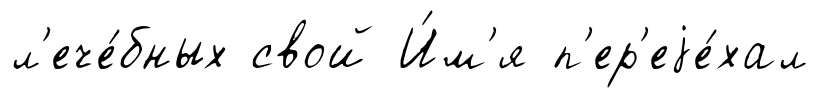
л'ече́бных свой И́м'я п'ер'еjе́хал